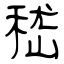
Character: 嵇